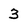
Character: 3